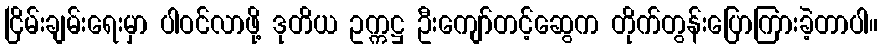
ငြိမ်းချမ်းရေးမှာ ပါဝင်လာဖို့ ဒုတိယ ဥက္ကဋ္ဌ ဦးကျော်တင့်ဆွေက တိုက်တွန်းပြောကြားခဲ့တာပါ။